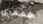
همفري